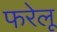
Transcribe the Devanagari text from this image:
फरेलू